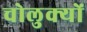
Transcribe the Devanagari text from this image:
चोलुक्यों